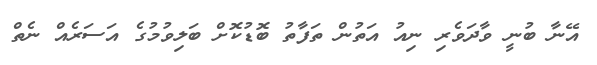
އޭނާ ބުނީ ވާދަވެރި ނިއު އަތުން ތަފާތު ބޮޑުކޮށް ބަލިވުމުގެ އަސަރެއް ނެތް